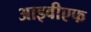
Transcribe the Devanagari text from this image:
आइवीएफ